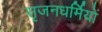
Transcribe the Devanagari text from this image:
सृजनधर्मियों